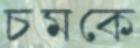
চমকে